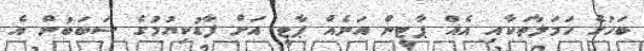
ބަހުގެ ހަމަލާތަކާއި އެއް ޕާޓީން އަނެއް ޕާޓީ އަށް ފާޑުކިޔުމުގެ ސަބަބުން އެ